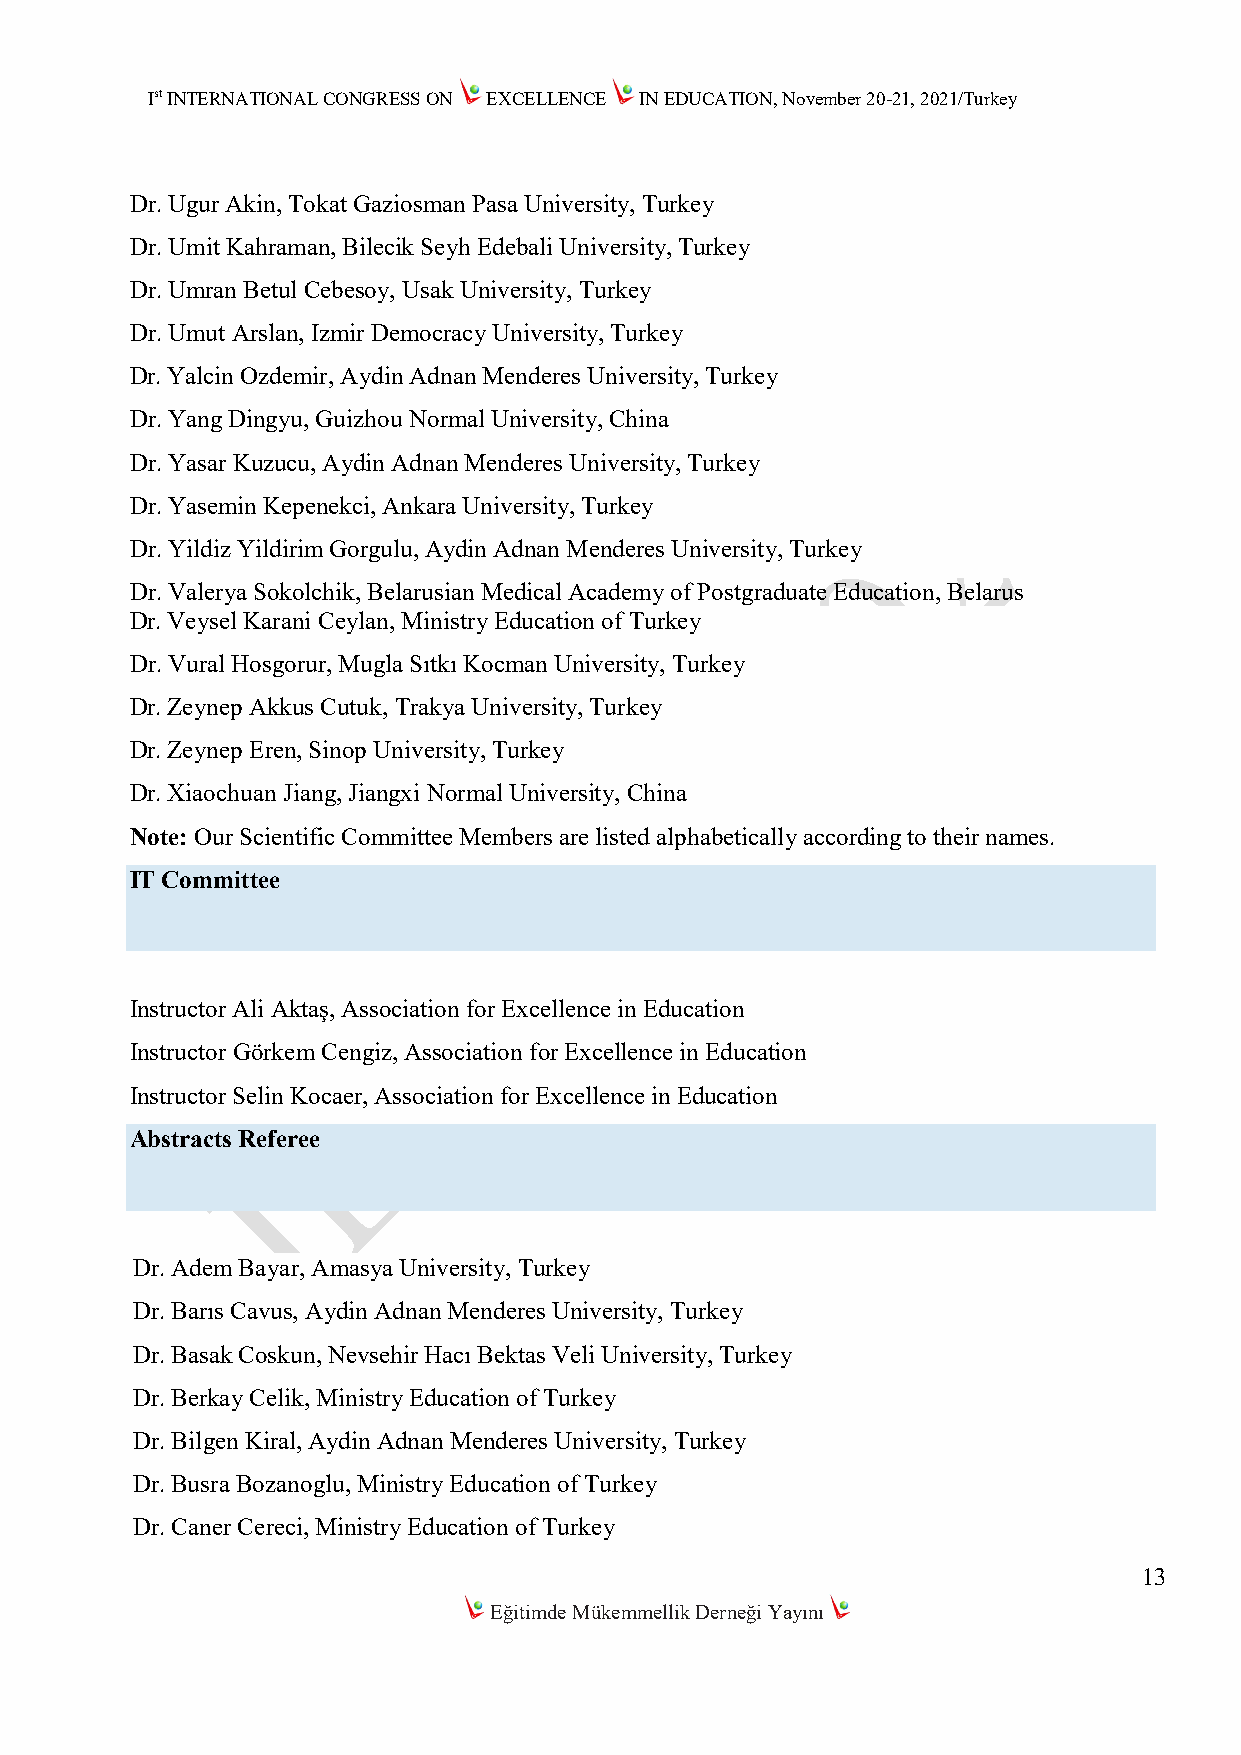
Ist INTERNATIONAL CONGRESS ON EXCELLENCE IN EDUCATION, November 20-21, 2021/Turkey
 Dr. Ugur Akin, Tokat Gaziosman Pasa University, Turkey
 Dr. Umit Kahraman, Bilecik Seyh Edebali University, Turkey
 Dr. Umran Betul Cebesoy, Usak University, Turkey
 Dr. Umut Arslan, Izmir Democracy University, Turkey
 Dr. Yalcin Ozdemir, Aydin Adnan Menderes University, Turkey
 Dr. Yang Dingyu, Guizhou Normal University, China
 Dr. Yasar Kuzucu, Aydin Adnan Menderes University, Turkey
 Dr. Yasemin Kepenekci, Ankara University, Turkey
 Dr. Yildiz Yildirim Gorgulu, Aydin Adnan Menderes University, Turkey
 Dr. Valerya Sokolchik, Belarusian Medical Academy of Postgraduate Education, Belarus
 Dr. Veysel Karani Ceylan, Ministry Education of Turkey
 Dr. Vural Hosgorur, Mugla Sıtkı Kocman University, Turkey
 Dr. Zeynep Akkus Cutuk, Trakya University, Turkey
 Dr. Zeynep Eren, Sinop University, Turkey
 Dr. Xiaochuan Jiang, Jiangxi Normal University, China
 Note: Our Scientific Committee Members are listed alphabetically according to their names.
 IT Committee
 Instructor Ali Aktaş, Association for Excellence in Education
 Instructor Görkem Cengiz, Association for Excellence in Education
 Instructor Selin Kocaer, Association for Excellence in Education
 Abstracts Referee
 Dr. Adem Bayar, Amasya University, Turkey
 Dr. Barıs Cavus, Aydin Adnan Menderes University, Turkey
 Dr. Basak Coskun, Nevsehir Hacı Bektas Veli University, Turkey
 Dr. Berkay Celik, Ministry Education of Turkey
 Dr. Bilgen Kiral, Aydin Adnan Menderes University, Turkey
 Dr. Busra Bozanoglu, Ministry Education of Turkey
 Dr. Caner Cereci, Ministry Education of Turkey
 13
 Eğitimde Mükemmellik Derneği Yayını